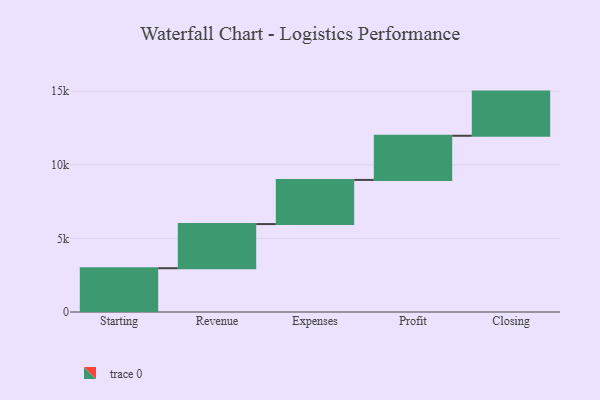
{"axis": {"x": "Step", "y": "Value"}, "legend": [""], "data": [{"x": "Starting", "y": 2974.0, "type": ""}, {"x": "Revenue", "y": 3000, "type": ""}, {"x": "Expenses", "y": 3000, "type": ""}, {"x": "Profit", "y": 3000, "type": ""}, {"x": "Closing", "y": 3000, "type": ""}]}